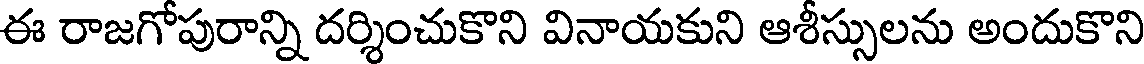
ఈ రాజగోపురాన్ని దర్శించుకొని వినాయకుని ఆశీస్సులను అందుకొని